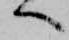
へ